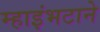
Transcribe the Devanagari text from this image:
म्हाइंभटाने